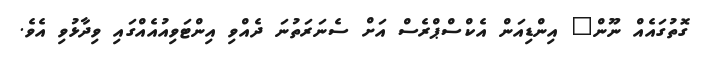
ގޮތުގައެއް ނޫން" އިންޑިއަން އެކްސްޕްރެސް އަށް ސެނަރަތުނަ ދެއްވި އިންޓަވިއުއެއްގައި ވިދާޅުވި އެވެ.